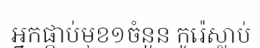
អ្នកផ្កាប់មុខ១ចំនួន កូរ៉េស្លាប់